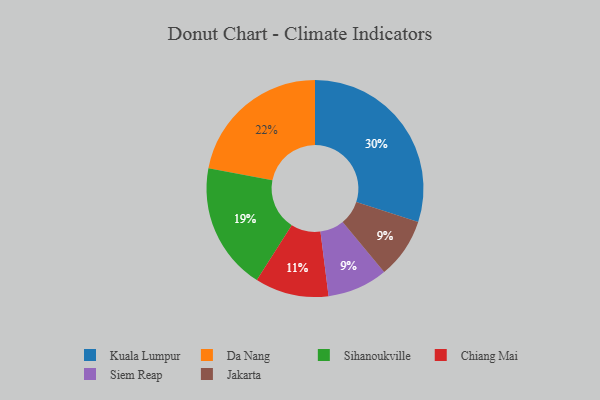
{"axis": {"x": "Category", "y": "Percentage"}, "legend": ["Chiang Mai", "Da Nang", "Jakarta", "Kuala Lumpur", "Siem Reap", "Sihanoukville"], "data": [{"x": "Kuala Lumpur", "y": 30, "type": "Kuala Lumpur"}, {"x": "Siem Reap", "y": 9, "type": "Siem Reap"}, {"x": "Da Nang", "y": 22, "type": "Da Nang"}, {"x": "Jakarta", "y": 9, "type": "Jakarta"}, {"x": "Sihanoukville", "y": 19, "type": "Sihanoukville"}, {"x": "Chiang Mai", "y": 11, "type": "Chiang Mai"}]}